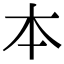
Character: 本